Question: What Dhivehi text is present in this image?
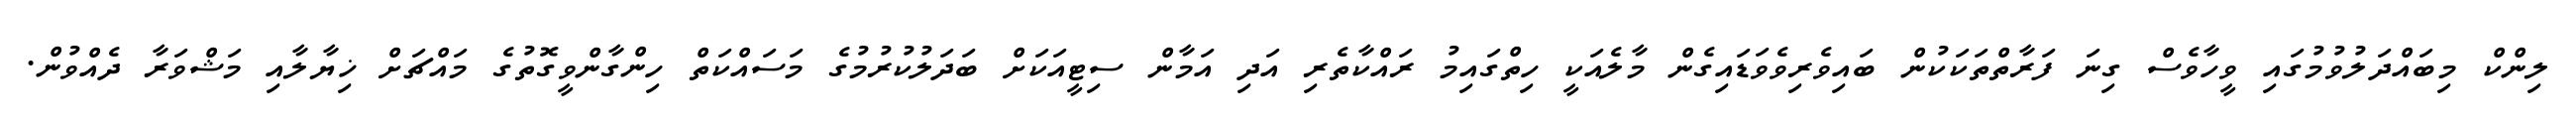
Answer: ލިންކް މިބައްދަލުވުމުގައި ވީހާވެސް ގިނަ ފަރާތްތަކަކުން ބައިވެރިވެވަޑައިގެން މާލެއަކީ ހިތްގައިމު ރައްކާތެރި އަދި އަމާން ސިޓީއަކަށް ބަދަލުކުރުމުގެ މަސައްކަތް ހިންގާންވީގޮތުގެ މައްޗަށް ޚިޔާލާއި މަޝްވަރާ ދެއްވުން.